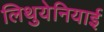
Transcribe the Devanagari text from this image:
लिथुयेनियाई